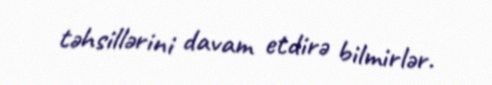
təhsillərini davam etdirə bilmirlər.